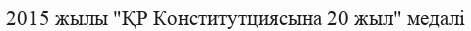
2015 жылы "ҚР Конститутциясына 20 жыл" медалі